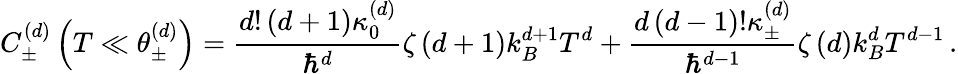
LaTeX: C_{\pm}^{\left(d\right)}\left(T\ll\theta_{\pm}^{\left(d\right)}\right)=\frac{d!\left(d+1\right)\kappa_{0}^{\left(d\right)}}{\hbar^{d}}\zeta\left(d+1\right)k_{B}^{d+1}T^{d}+\frac{d\left(d-1\right)!\kappa_{\pm}^{\left(d\right)}}{\hbar^{d-1}}\zeta\left(d\right)k_{B}^{d}T^{d-1}\, .